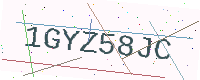
Text: 1GYZ58JC